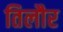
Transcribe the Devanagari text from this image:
तिलौर